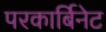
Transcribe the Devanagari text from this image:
परकार्बिनेट